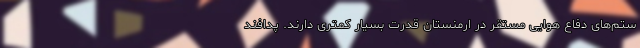
ستم‌های دفاع هوایی مستقر در ارمنستان قدرت بسیار کمتری دارند. پدافند